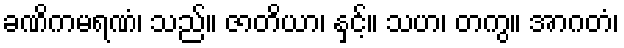
ခဏိကမရဏံ၊ သည်။ ဇာတိယာ၊ နှင့်။ သဟ၊ တကွ။ အာဂတံ၊